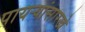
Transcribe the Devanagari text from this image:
पायऱ्यांसारखे